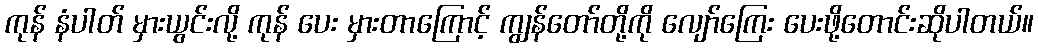
ကုန် နံပါတ် မှားယွင်းလို့ ကုန် ပေး မှားတာကြောင့် ကျွန်တော်တို့ကို လျော်ကြေး ပေးဖို့တောင်းဆိုပါတယ်။